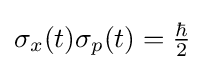
{\textstyle \sigma _{x}(t)\sigma _{p}(t)={\frac {\hbar }{2}}}